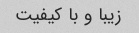
زیبا و با کیفیت